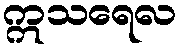
ဣသရေလ